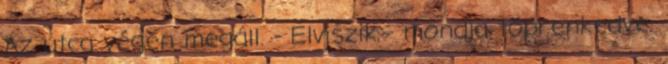
Az utca végén megáll. - Elviszik - mondja töprenkedve.